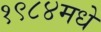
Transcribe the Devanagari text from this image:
१९८४मधे